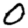
Digit: 0